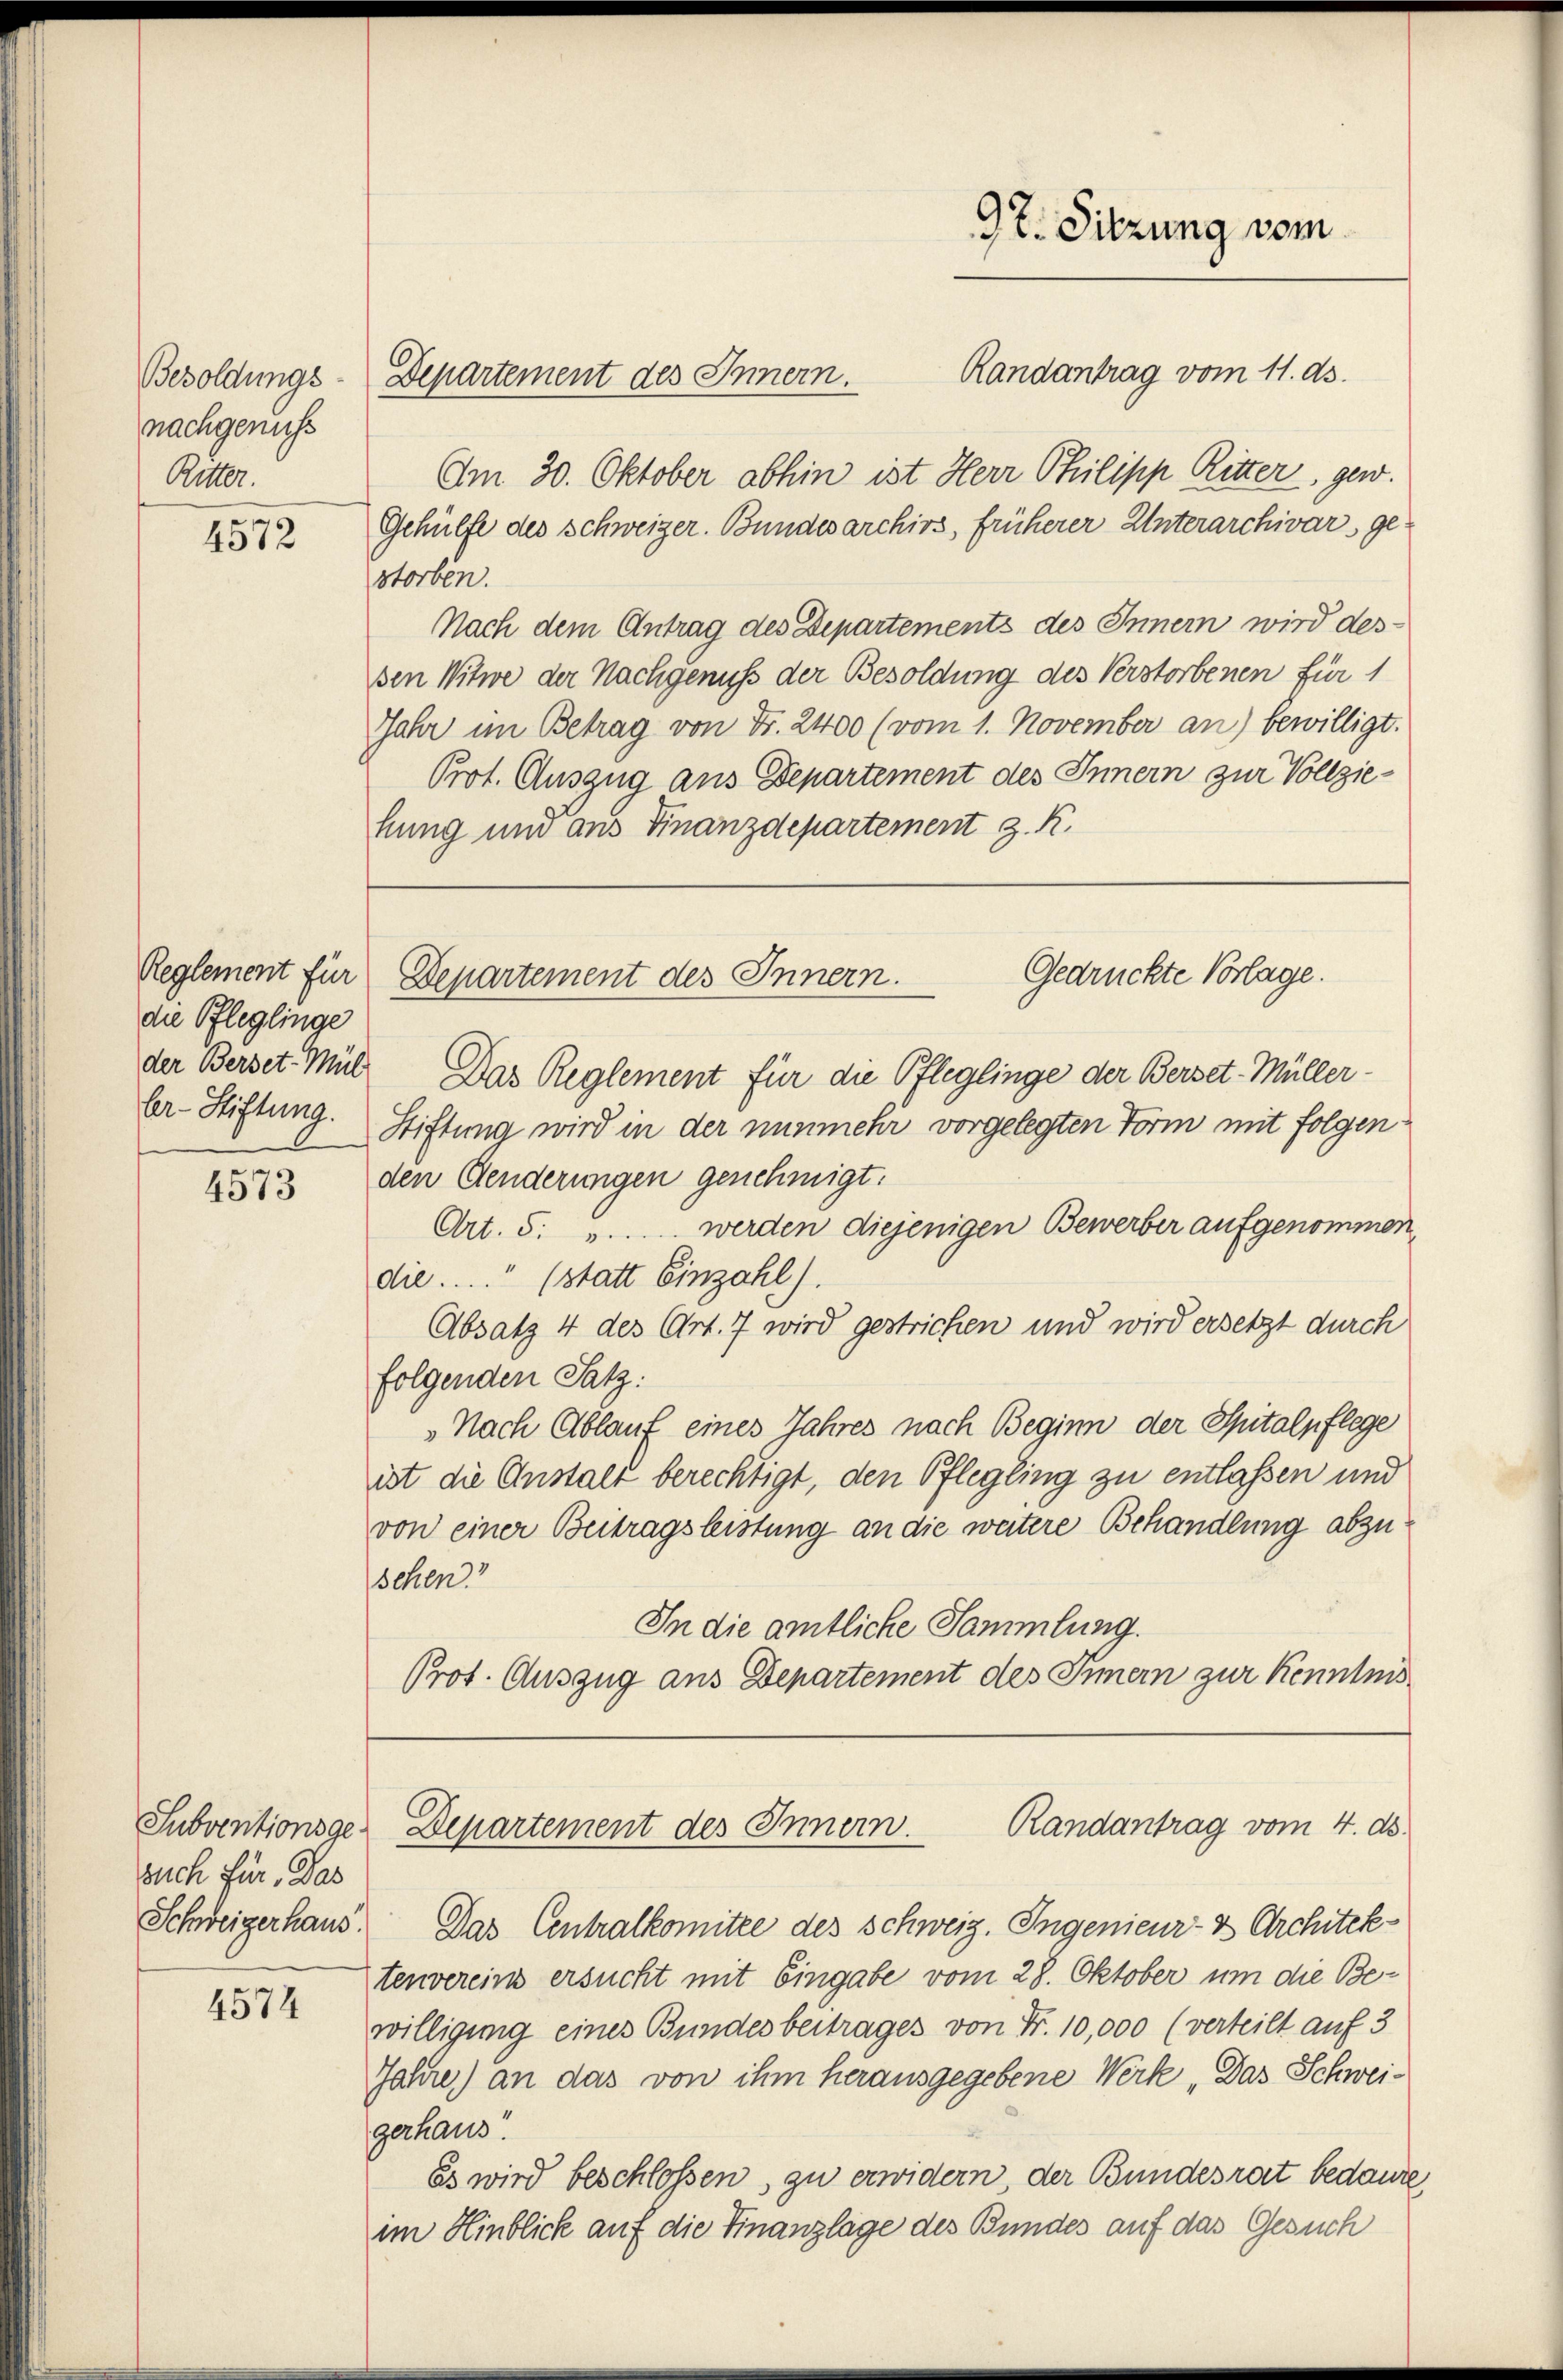
Besoldungs-
nachgenuss
Ritter.

4572

Reglement für
die Pfleglinge

4573

such für Was

4574

Departement des Innern.
Am 30. Oktober abhin ist Herr Philipp Ritter, gew.
Gehülfe des Schweizer. Bundesarchivs, früherer Unterarchivars gestorben.
Nach dem Antrag des Departements des Innern wird des
sen Witwe der Nachgenuss der Besoldung des Verstorbenen für 1
Jahr im Betrag von Fr. 2400 (vom 1. November an) bewilligt.
Prot. Auszug aus Departement des Innern zur Vollziehung und aus Finanzdepartement z. R.

der Berset Mül Das Reglement für die Pfleglinge der Berset-Müllerler-Stiftung. Stiftung wird in der nunmehr vorgelegten Form mit folgenden Aenderungen genehmigt.
Art. 5: »..... werden diejenigen Bewerber aufgenommen,
die.... (statt Einzahl).
Absatz 4 des Art. 7 wird gestrichen und wird ersetzt durch
folgenden Satz:
Nach Ablauf eines Jahres nach Beginn der Spitalpflege
ist die Anstalt berechtigt, den Pflegling zu entlassen und
von einer Beitragsleistung an die weitere Behandlung abzuschen
In die amtliche Sammlung.
Prot. Auszug aus Departement des Innern zur Kenntnis

97. Sitzung vom

Randantrag vom 11. ds.

Gedrückte Vorlage.
Departement des Innern.

Randantrag vom 4. ds.
Subventionsge Departement des Innern.

Schweigerhaus. Das Centralkomitee des Schweiz. Ingenieur- & Architektenvereins ersucht mit Eingabe vom 28. Oktober um die Bewilligung eines Bundesbeitrages von Fr. 10,000 (verteilt auf 3
Jahre) an das von ihm herausgegebene Werk „Das Schweigerhaus.
Es wird beschlossen, zu erwidern, der Bundesrat bedaure,
im Hinblick auf die Finanzlage des Bundes auf das Gesuch